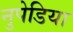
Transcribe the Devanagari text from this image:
नुपेडिया